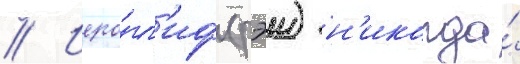
// Иеро́гл'иф (рэи) н'икогда́